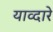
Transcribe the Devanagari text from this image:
याव्दारे